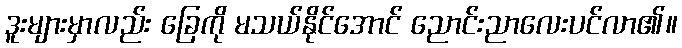
ဒူးများမှာလည်း ခြေကို မသယ်နိုင်အောင် ညောင်းညာလေးပင်လာ၏။